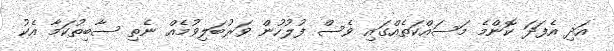
އަދި އެފަދަ ކޮންމެ މަސައްކަތެއްގައި ވެސް ފުލުހުން ވަރުބަލިވުމެއް ނެތި ސާބިތުކަމާ އެކު